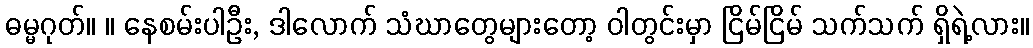
ဓမ္မဂုတ်။ ။ နေစမ်းပါဦး, ဒါလောက် သံဃာတွေများတော့ ဝါတွင်းမှာ ငြိမ်ငြိမ် သက်သက် ရှိရဲ့လား။